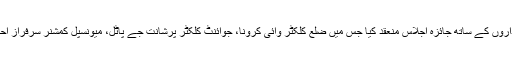
قبل ازیں چیف منسٹر نے نندنا گارڈن میں ضلع کے عہدیداروں کے ساتھ جائزہ اجلاس منعقد کیا جس میں ضلع کلکٹر وائی کرونا، جوائنٹ کلکٹر پرشانت جے پاٹل، میونسپل کمشنر سرفراز احمد، محکمہ پولیس کے اعلیٰ عہدیدار و دیگر موجود تھے۔